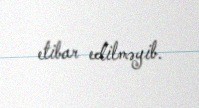
etibar edilməyib.